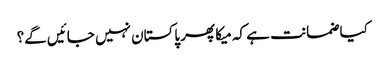
کیا ضمانت ہے کہ میکا پھر پاکستان نہیں جائیں گے؟